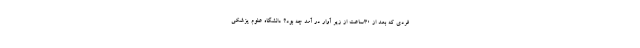
فردی که بعد از ۳۰ساعت از زیر آوار در آمد چه بود؟ دانشگاه علوم پزشکی